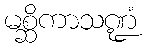
မစ္ဆိကာသဏ္ဍံ